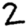
Digit: 2